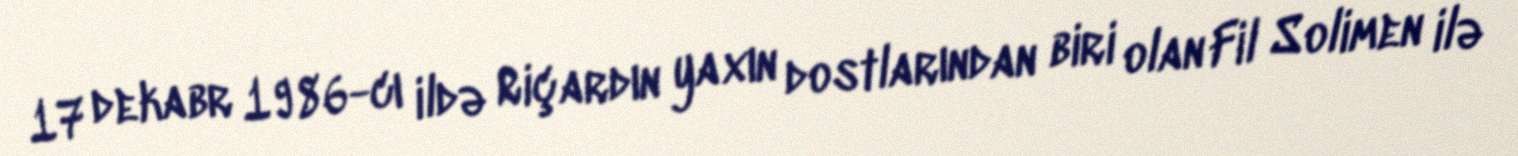
17 dekabr 1986-cı ildə Riçardın yaxın dostlarından biri olan Fil Solimen ilə